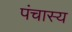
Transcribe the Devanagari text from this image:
पंचास्य